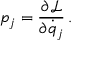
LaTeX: p _ { j } = { \frac { \partial { \mathcal { L } } } { \partial { \dot { q } } _ { j } } } \, .